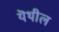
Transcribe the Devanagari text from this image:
यॆथील